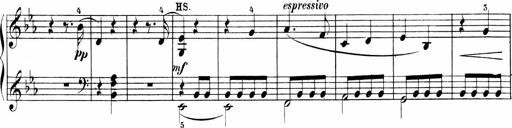
Title: 6 Sonatinas
Composer: Carl Reinecke